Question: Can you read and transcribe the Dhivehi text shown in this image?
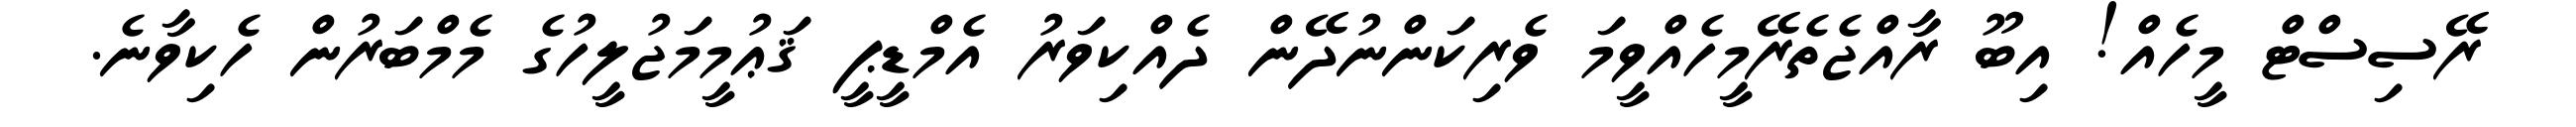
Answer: ރޭސިސްޓް މީހެއް! އިބޫ ރާއްޖެތެރޭމީހެއްވީމަ ވެރިކަންނުދޭން ދެއްކިވަރު އެމްޑީޕީ ޤަޢުމީމަޖުލީހުގެ މެމްބަރުން ހެކިވާނެ.